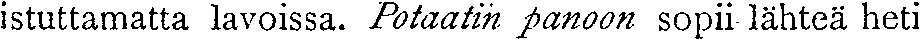
istuttamatta lavoissa. Potaatin panoon sopii lähteä heti